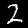
Digit: 2